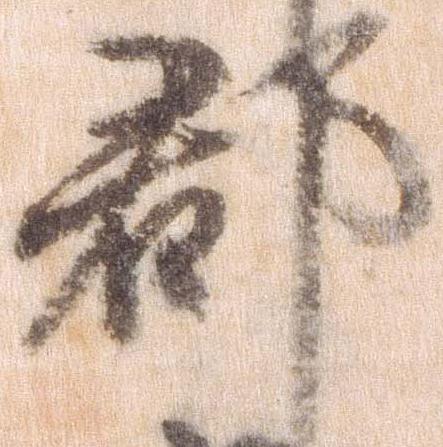
郡